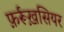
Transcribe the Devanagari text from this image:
फ़र्रूख़सियर